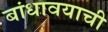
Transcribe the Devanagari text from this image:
बांधावयाची